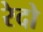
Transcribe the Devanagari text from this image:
रेदो